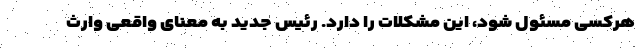
هرکسی مسئول شود، این مشکلات را دارد. رئیس جدید به معنای واقعی وارث